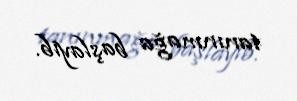
tanınmağa başlayıb.